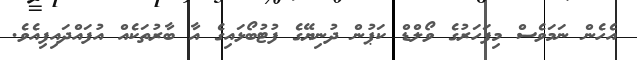
އެހެން ނަމަވެސް މިފަހަރުގެ ވޯލްޑް ކަޕުން ދުނިޔޭގެ ފުޓުބޯޅައިގެ އާ ބާރުތަކެއް އުފައްދައިފިއެވެ.